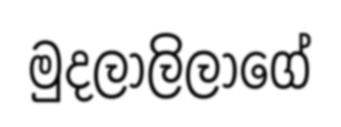
මුදලාලිලාගේ